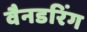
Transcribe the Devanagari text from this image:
वैनडरिंग